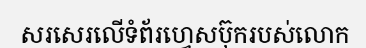
សរសេរលើទំព័រហ្វេសប៊ុករបស់លោក